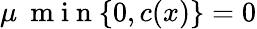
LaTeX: \mu\: \mathrm{~m~i~n~}\{ 0,c(x)\} =0